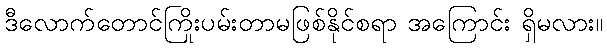
ဒီလောက်တောင်ကြိုးပမ်းတာမဖြစ်နိုင်စရာ အကြောင်း ရှိမလား။